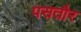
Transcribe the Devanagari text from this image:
पसतौर